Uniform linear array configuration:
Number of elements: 4
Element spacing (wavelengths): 0.25
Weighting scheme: binomial
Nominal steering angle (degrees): -15
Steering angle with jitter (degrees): -14.605
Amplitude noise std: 0.05
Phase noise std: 0.05

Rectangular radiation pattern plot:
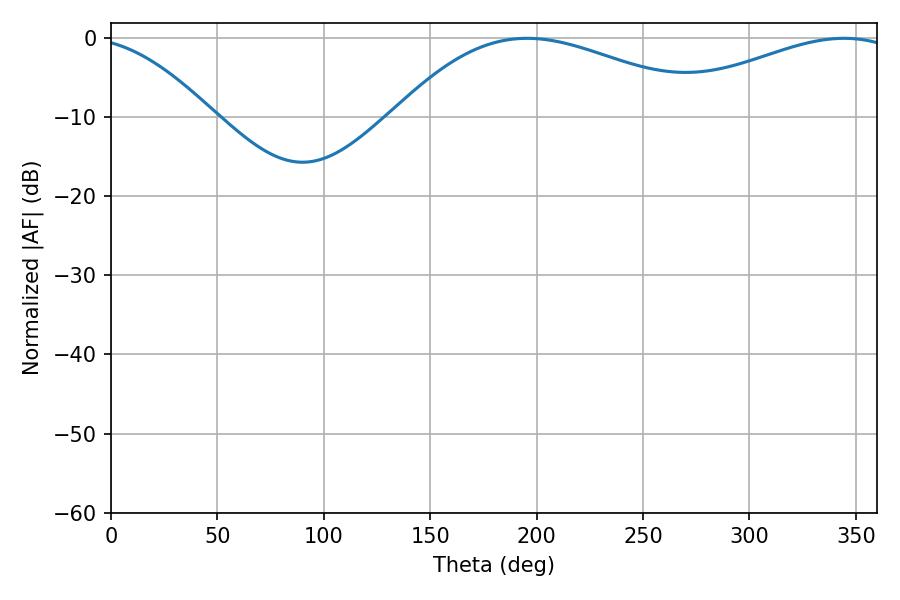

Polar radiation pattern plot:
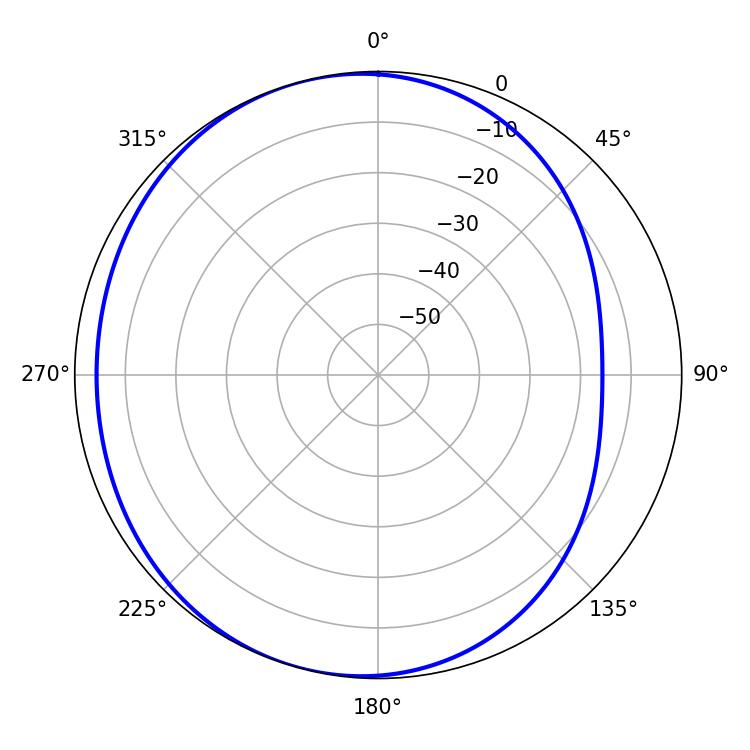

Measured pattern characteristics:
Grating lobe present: FALSE
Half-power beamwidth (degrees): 81.72
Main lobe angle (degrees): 195.48